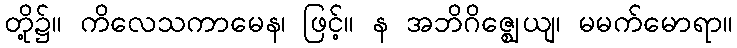
တို့၌။ ကိလေသကာမေန၊ ဖြင့်။ န အဘိဂိဇ္ဈေယျ၊ မမက်မောရာ။